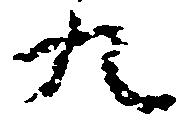
九